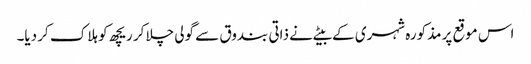
اس موقع پر مذکورہ شہری کے بیٹے نے ذاتی بندوق سے گولی چلا کر ریچھ کو ہلاک کر دیا۔